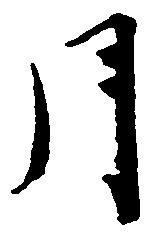
月